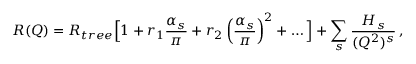
R ( Q ) = R _ { t r e e } \Big [ 1 + r _ { 1 } \frac { \alpha _ { s } } { \pi } + r _ { 2 } \left( \frac { \alpha _ { s } } { \pi } \right) ^ { 2 } + \ldots \Big ] + \sum _ { s } \frac { H _ { s } } { ( Q ^ { 2 } ) ^ { s } } \, ,